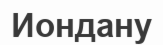
Иондану